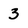
Character: 3